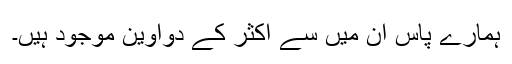
ہمارے پاس اُن میں سے اکثر کے دواوین موجود ہیں۔